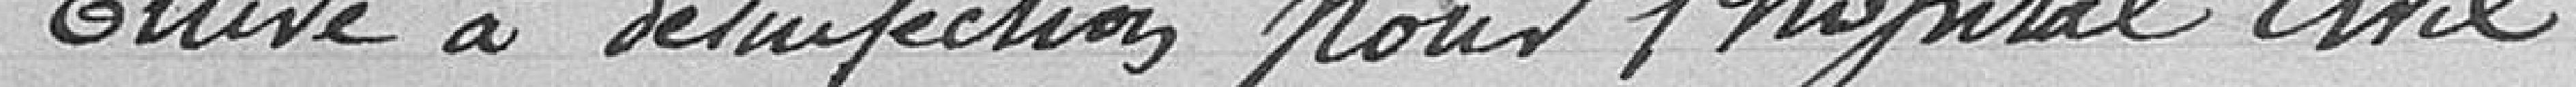
Etuve à désinfection pour l'hôpital civil